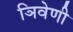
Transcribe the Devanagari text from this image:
ञिवेणी